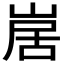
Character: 𭖱